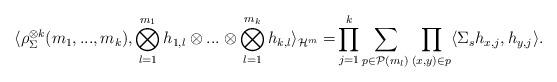
LaTeX: \begin{align*} \langle \rho_{\Sigma}^{\otimes k}(m_1,...,m_k),\bigotimes_{l=1}^{m_1}h_{1,l} \otimes...\otimes \bigotimes_{l=1}^{m_k}h_{k,l}\rangle_{\mathcal H^m} = & \prod_{j=1}^{k}\sum_{p\in\mathcal P(m_l)}\prod_{(x,y)\in p} \langle \Sigma_s h_{x,j},h_{y,j}\rangle.\end{align*}